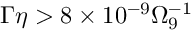
\Gamma \eta > 8 \times 1 0 ^ { - 9 } \Omega _ { 9 } ^ { - 1 }